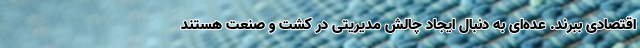
اقتصادی ببرند. عده‌ای به دنبال ایجاد چالش مدیریتی در کشت و صنعت هستند